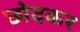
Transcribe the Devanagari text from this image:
छोदकर